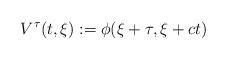
LaTeX: \begin{align*}V^{\tau}(t,\xi):=\phi(\xi+\tau,\xi+ct)\end{align*}